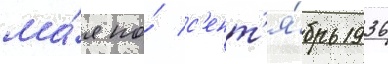
ма́я по́ с'ент'я́брь 1936